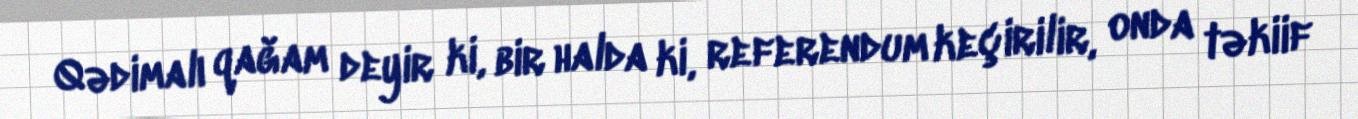
Qədimalı qağam deyir ki, bir halda ki, referendum keçirilir, onda təkiif